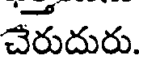
చేరుదురు.